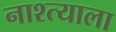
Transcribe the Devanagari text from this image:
नाश्त्याला